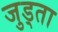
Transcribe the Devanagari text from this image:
जुड्ता